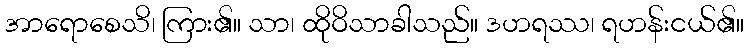
အာရောစေသိ၊ ကြား၏။ သာ၊ ထိုဝိသာခါသည်။ ဒဟရဿ၊ ရဟန်းငယ်၏။